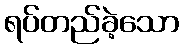
ရပ်တည်ခဲ့သော